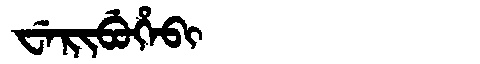
Manchu: ᠸᡝᡵᡳᠪᡠᡥᡝᠪᡳ
Romanization: WERIBUHEBI